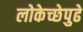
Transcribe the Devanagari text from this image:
लोकेच्छेपुढे